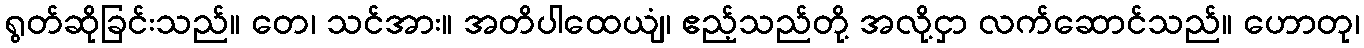
ရွတ်ဆိုခြင်းသည်။ တေ၊ သင်အား။ အတိပါထေယျံ၊ ဧည့်သည်တို့ အလို့ငှာ လက်ဆောင်သည်။ ဟောတု၊